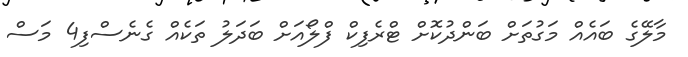
މާލޭގެ ބައެއް މަގުތަށް ބަންދުކޮށް ޓްރެފިކް ފްލޯއަށް ބަދަލު ތަކެއް ގެނެސްފި4 މަސް